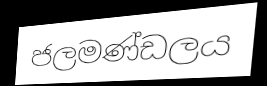
ජලමණ්ඩලය